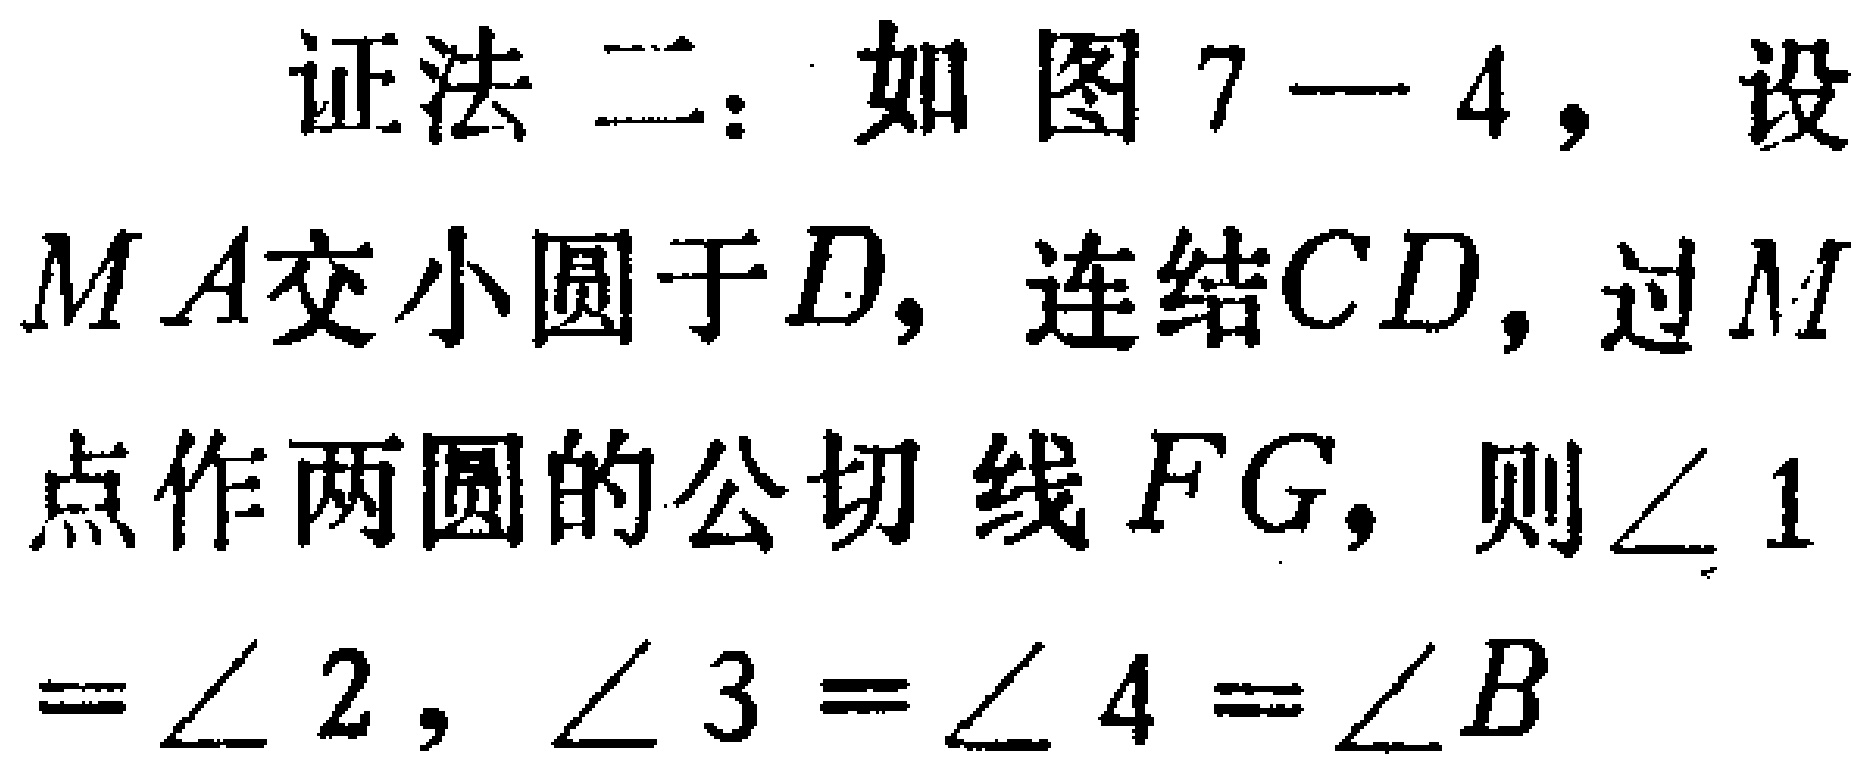
证法二：如图7—4，设

\(MA\)交小圆于\(D\)，连结\(CD\)，过\(M\)

点作两圆的公切线\(FG\)，则\(\angle 1\)

\(=\angle 2\)，\(\angle 3=\angle 4=\angle B\)